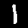
Label: 1